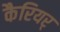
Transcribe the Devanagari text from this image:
कैरियर्